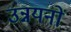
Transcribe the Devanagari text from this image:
उन्नयनों